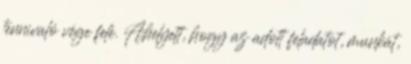
tennivaló vége felé. Ahelyett, hogy az adott feladatot, munkát,